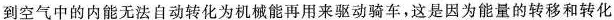
到空气中的内能无法自动转化为机械能再用来驱动骑车，这是因为能量的转移和转化